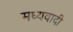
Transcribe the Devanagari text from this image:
मध्यवादी